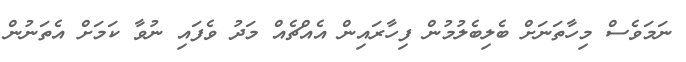
ނަމަވެސް މިހާތަނަށް ބެލިބެލުމުން ފިހާރައިން އެއްޗެއް މަދު ވެފައި ނުވާ ކަމަށް އެތަނުން